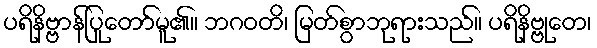
ပရိနိဗ္ဗာန်ပြုတော်မူ၏။ ဘဂဝတိ၊ မြတ်စွာဘုရားသည်။ ပရိနိဗ္ဗုတေ၊